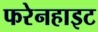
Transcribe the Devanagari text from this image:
फरेनहाइट